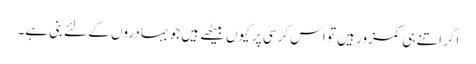
اگر اتنے ہی کمزور ہیں تو اس کرسی پر کیوں بیٹھے ہیں جو بہادروں کے لئے بنی ہے۔